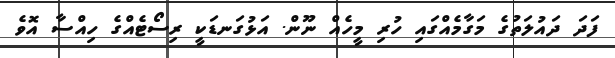
ފަދަ ދައުލަތުގެ މަގާމެއްގައި ހުރި މީހެއް ނޫން. އަޅުގަނޑަކީ ރިސޯޓެއްގެ ހިއްސާ އޮވެ